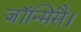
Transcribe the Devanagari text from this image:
जॉन्मिसै।